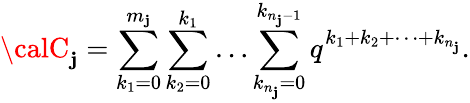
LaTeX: {\calC}_{\mathbf{j}}=\sum_{k_{1}=0}^{m_{\mathbf{j}}}\sum_{k_{2}=0}^{k_{1}}\ldots\sum_{k_{n_{\mathbf{j}}}=0}^{k_{n_{\mathbf{j}}-1}}q^{k_{1}+k_{2}+\cdots+k_{n_{\mathbf{j}}}}.